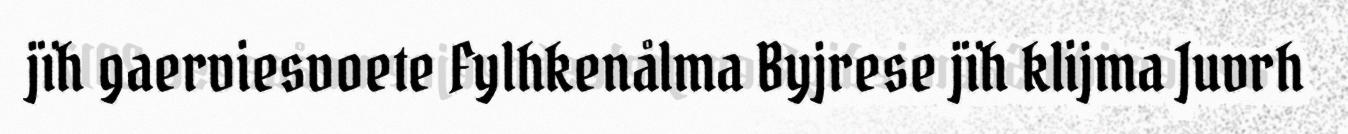
jïh gaerviesvoete Fylhkenålma Byjrese jïh klijma Juvrh